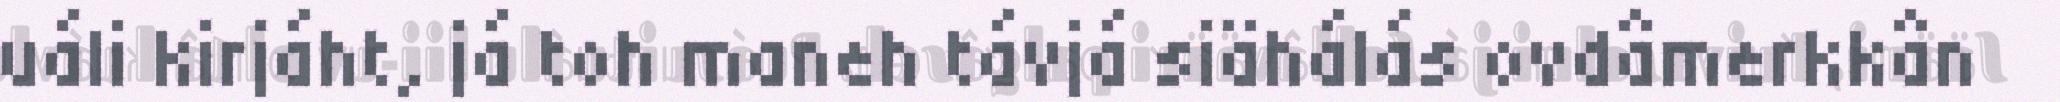
uáli kirjáht, já toh maneh távjá siähálás ovdâmerkkân